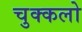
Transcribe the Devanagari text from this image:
चुक्कलो